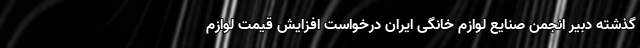
گذشته دبیر انجمن صنایع لوازم خانگی ایران درخواست افزایش قیمت لوازم